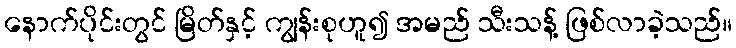
နောက်ပိုင်းတွင် မြိတ်နှင့် ကျွန်းစုဟူ၍ အမည် သီးသန့် ဖြစ်လာခဲ့သည်။